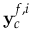
{ \bf y } _ { c } ^ { f , i }